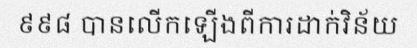
៩៩៨ បានលើកឡើងពីការដាក់វិន័យ